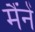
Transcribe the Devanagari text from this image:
मैंनें